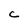
Character: C